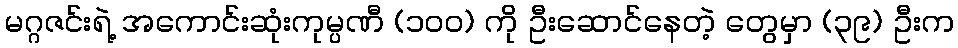
မဂ္ဂဇင်းရဲ့ အကောင်းဆုံးကုမ္ပဏီ (၁ဝဝ) ကို ဦးဆောင်နေတဲ့ တွေမှာ (၃၉) ဦးက